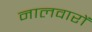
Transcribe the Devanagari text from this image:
नालवारों